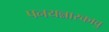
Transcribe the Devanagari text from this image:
पनयन्नारकावु